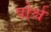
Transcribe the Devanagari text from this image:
पोर्श्च